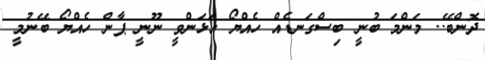
ދޮންބޭ.. މަންމަ ބުނީ ބިސްގަނޑެއް ހެއްޔޯ އަޅަންވީ ނޫނީ ޕާން ހެއްޔޯ ބޭނުމީ